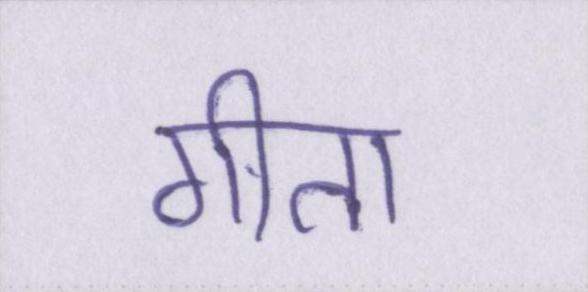
गीता